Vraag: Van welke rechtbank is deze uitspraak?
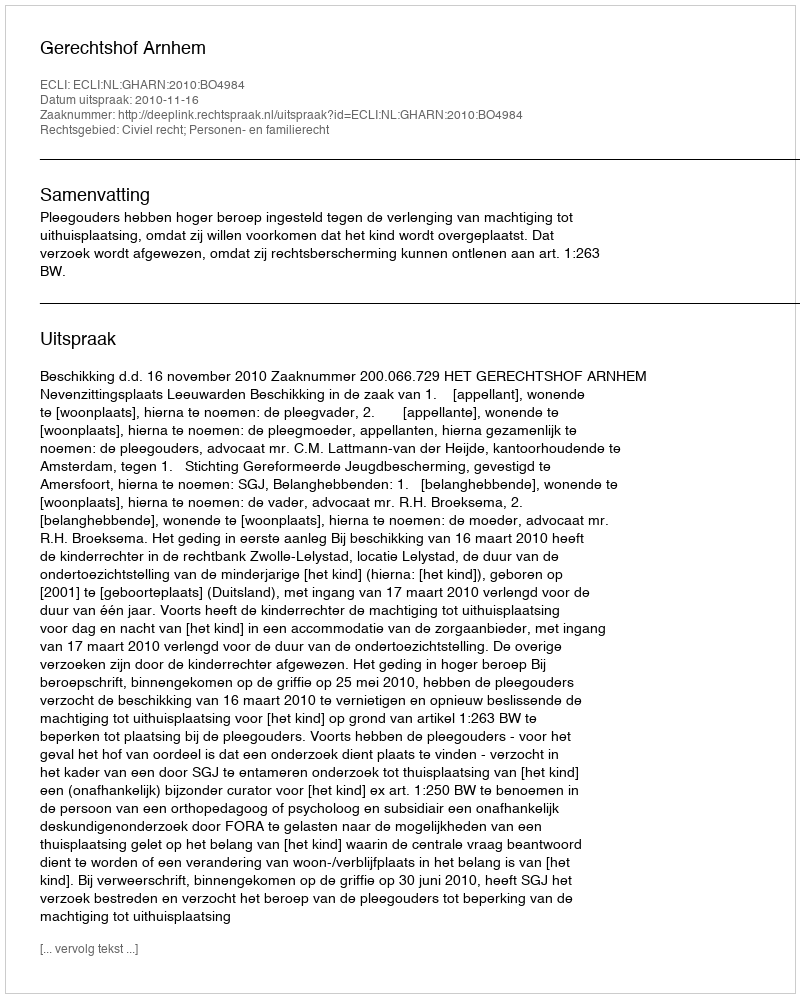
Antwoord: Gerechtshof Arnhem